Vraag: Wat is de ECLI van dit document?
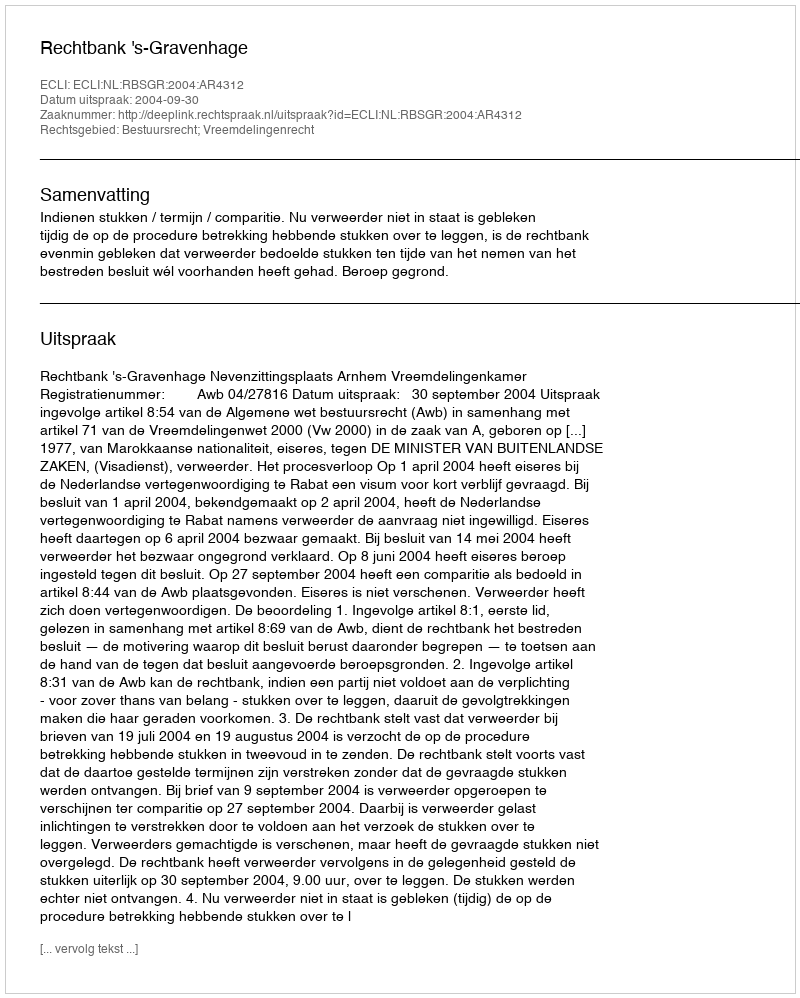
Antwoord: ECLI:NL:RBSGR:2004:AR4312